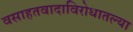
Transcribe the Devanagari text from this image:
वसाहतवादाविरोधातल्या